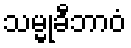
သမ္မုခီဘာဝံ